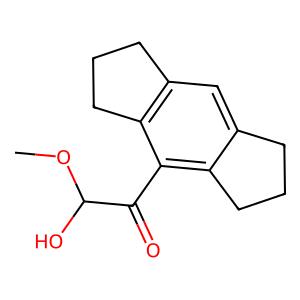
SMILES: COC(O)C(=O)c1c2c(cc3c1CCC3)CCC2
Inhibits HIV replication: No